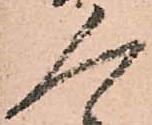
人